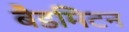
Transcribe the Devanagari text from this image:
बैडमिटन